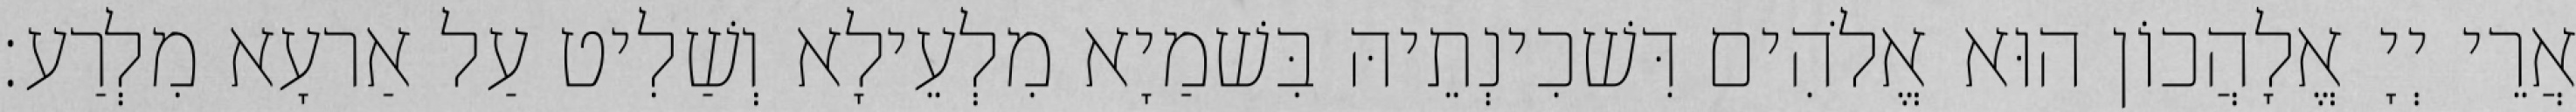
אֲרֵי יְיָ אֱלָהֲכוֹן הוּא אֱלֹהִים דִּשׁכִינְתֵיהּ בִּשׁמַיָא מִלְעֵילָא וְשַׁלִיט עַל אַרעָא מִלְרַע׃